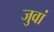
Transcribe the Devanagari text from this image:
जुवां